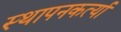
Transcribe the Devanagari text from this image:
स्थापनकर्त्या